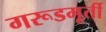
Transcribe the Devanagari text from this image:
गरूडमूर्ती